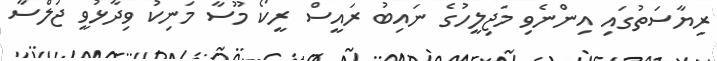
ރިޔާސަތުގައި އިންނެވި މަޖިލީހުގެ ނައިބު ރައީސް ރީކޯ މޫސާ މަނިކު ވިދާޅުވީ ޖަލްސާ